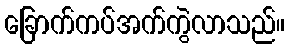
ခြောက်ကပ်အက်ကွဲလာသည်။